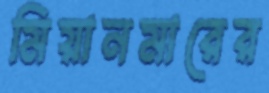
মিয়ানমারের